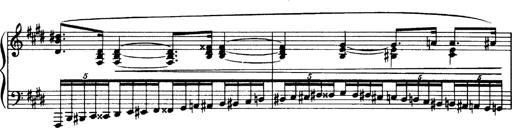
Title: OuvertÃ¼re zu TannhÃ¤user
Composer: Franz Liszt